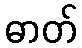
ဓာတ်